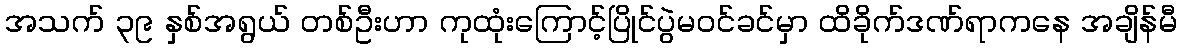
အသက် ၃၉ နှစ်အရွယ် တစ်ဦးဟာ ကုထုံးကြောင့်ပြိုင်ပွဲမဝင်ခင်မှာ ထိခိုက်ဒဏ်ရာကနေ အချိန်မီ